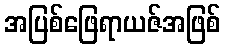
အပြစ်ဖြေရာယဇ်အဖြစ်